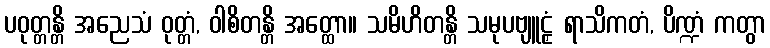
ပဝုတ္တန္တိ အညေသံ ဝုတ္တံ, ဝါစိတန္တိ အတ္ထော။ သမိဟိတန္တိ သမုပဗျူဠှံ ရာသိကတံ, ပိဏ္ဍံ ကတွာ